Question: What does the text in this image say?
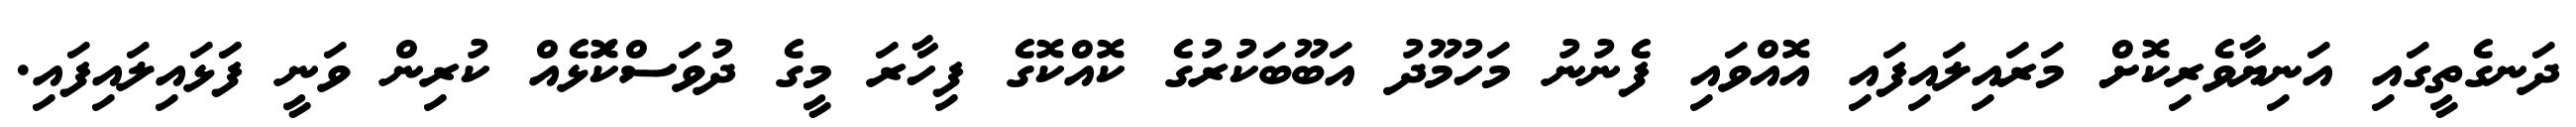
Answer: ދަނގެތީގައި އަނިޔާވެރިކޮށް މަރައިލައިފައި އޮއްވައި ފެނުނު މަހުމޫދު އަބޫބަކުރުގެ ކޮއްކޮގެ ފިހާރަ މީގެ ދުވަސްކޮަަަޅެއް ކުރިން ވަނީ ފަަޅައިލައިފައި.